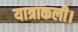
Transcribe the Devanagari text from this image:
यात्राकली।